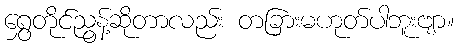
ရွှေတိုင်ညွန့်ဆိုတာလည်း တခြားမဟုတ်ပါဘူးဗျာ။